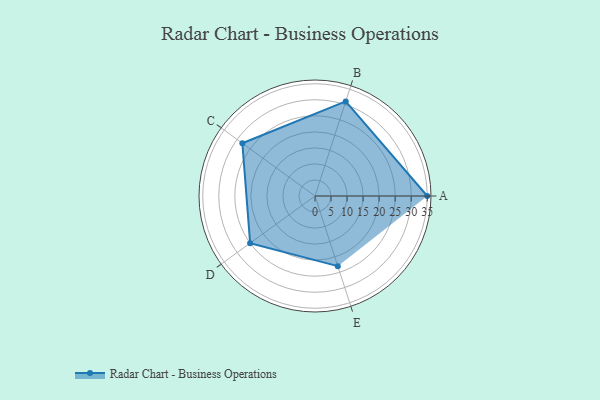
{"axis": {"x": "Skill", "y": "Score"}, "legend": ["Profile"], "data": [{"x": "A", "y": 35.0, "type": "Profile"}, {"x": "B", "y": 31.0, "type": "Profile"}, {"x": "C", "y": 28.0, "type": "Profile"}, {"x": "D", "y": 25.0, "type": "Profile"}, {"x": "E", "y": 23.0, "type": "Profile"}]}